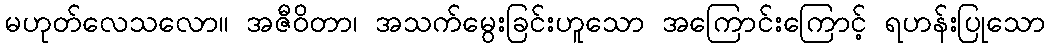
မဟုတ်လေသလော။ အဇီဝိတာ၊ အသက်မွေးခြင်းဟူသော အကြောင်းကြောင့် ရဟန်းပြုသော